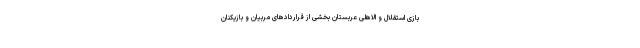
بازی استقلال و الاهلی عربستان بخشی از قراردادهای مربیان و بازیکنان